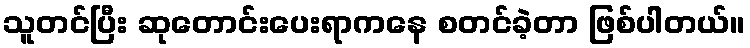
သူတင်ပြီး ဆုတောင်းပေးရာကနေ စတင်ခဲ့တာ ဖြစ်ပါတယ်။